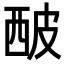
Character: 𤿢